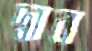
দ্বাব